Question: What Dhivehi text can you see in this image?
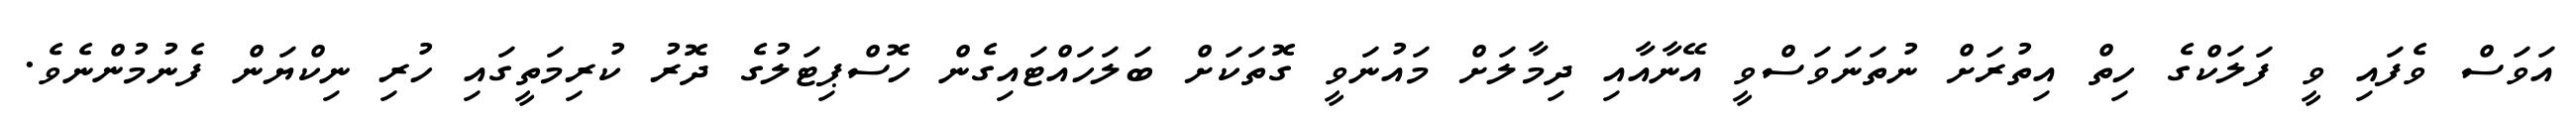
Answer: އަވަސް ވެފައި ވީ ފަލަކްގެ ހިތް އިތުރަށް ނުތަނަވަސްވީ އޭނާއާއި ދިމާލަށް މައުނަވީ ގޮތަކަށް ބަލަހައްޓައިގެން ހޮސްޕިޓަލުގެ ދޮރު ކުރިމަތީގައި ހުރި ނިކްޔަން ފެނުމުންނެވެ.